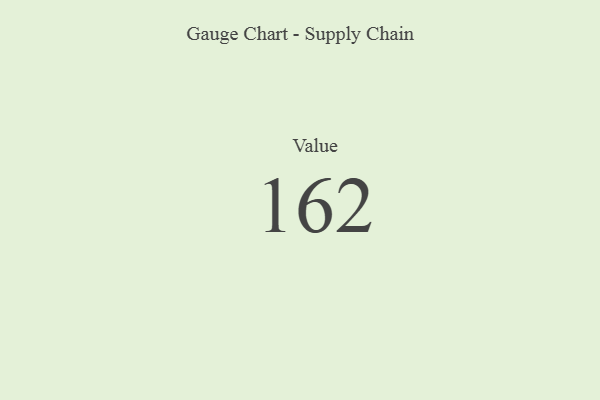
{"axis": {"x": "Metric", "y": "Value"}, "legend": [""], "data": [{"x": "Value", "y": 162, "type": ""}]}